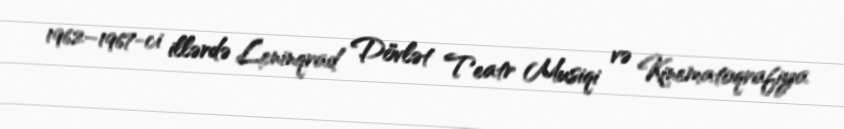
1962–1967-ci illərdə Leninqrad Dövlət Teatr Musiqi və Kinematoqrafiya